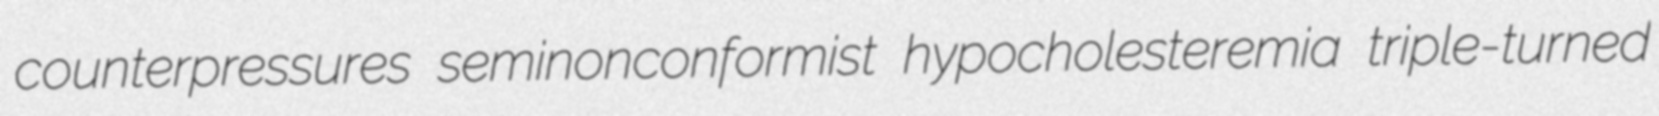
counterpressures seminonconformist hypocholesteremia triple-turned